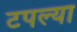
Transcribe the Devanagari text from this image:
टपल्या